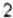
2